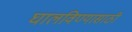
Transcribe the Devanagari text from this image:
घालविण्‍यासाठी